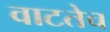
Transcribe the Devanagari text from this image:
वाटतेच